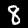
Digit: 8